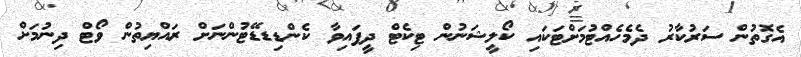
އެގޮތުން ސަރުކާރު ދެމެހެއްޓުމަށްޓަކައި ކޯލީޝަނުން ޓިކެޓް ދީފައިވާ ކެންޑިޑޑޭޓުންނަށް ރައްޔިތުން ވޯޓް ދިނުމަށް